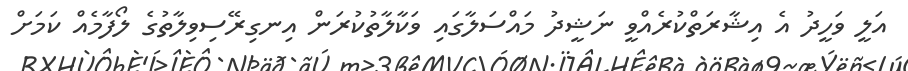
އަލީ ވަހީދު އެ އިޝާރަތްކުރެއްވީ ނަޝީދު މައްސަލާގައި ވަކާލާތުކުރަން އިނގިރޭސިވިލާތުގެ ލޯފާމެއް ކަމަށް